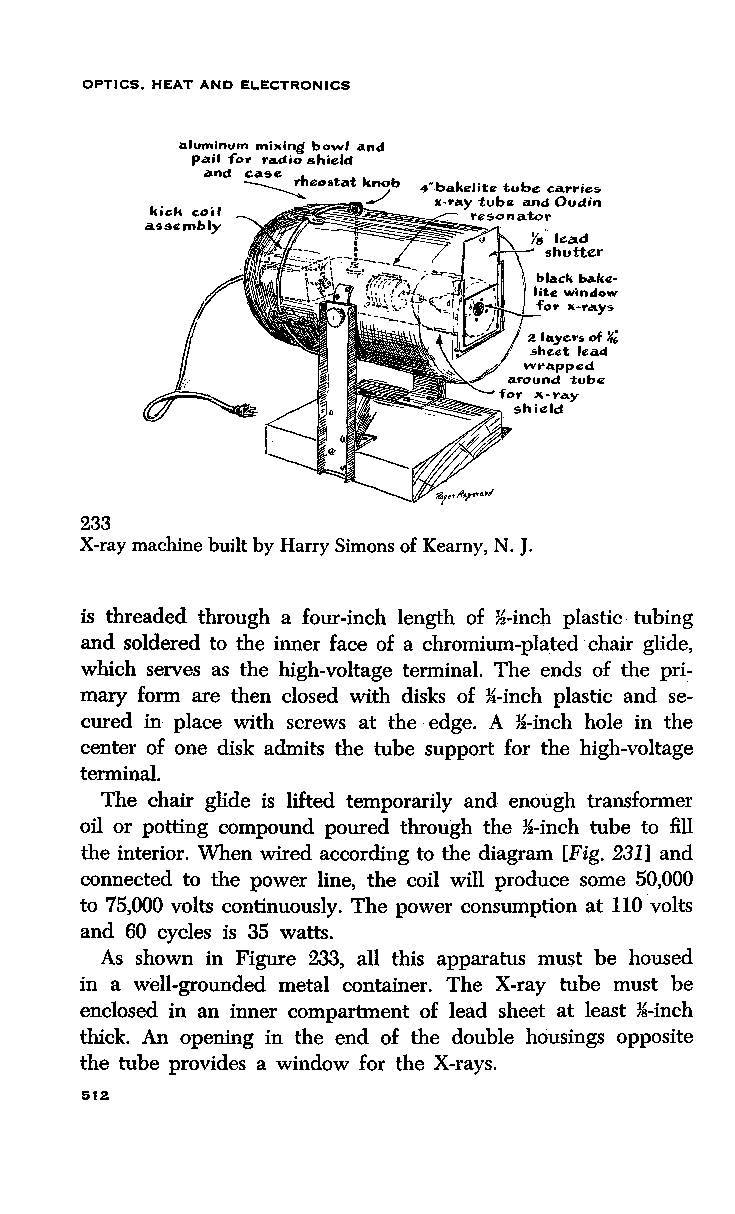
OPTICS. HEAT AND ELECTRONICS
 nlumlnum mi"ing bowl and
 p.ail fo~ ~a.dio shield
 and case h
 ------------::. eo otat
 kic:k coil
 as.sembly
 Ys .. lead
 shutter
 a layer• of~
 ..h ut lead
 wrapped
 a.round tubcz
 for A-rc.y
 shield
 233
 X-ray machine built by Harry Simons of Kearny, N.J.
 is threaded through a four-inch length of ~-inch plastic tubing
 and soldered to the inner face of a chromium-plated chair glide,
 which serves as the high-voltage terminal. The ends of the pri
 mary form are then closed with disks of }4-inch plastic and se
 cured in place with screws at the edge. A ~-inch hole in the
 center of one disk admits the tube support for the high-voltage
 terminal.
 The chair glide is lifted temporarily and enough transformer
 oil or potting compound poured through the ~-inch tube to fill
 the interior. When wired according to the diagram [Fig. 231] and
 connected to the power line, the coil will produce some 50,000
 to 75,000 volts continuously. The power consumption at 110 volts
 and 60 cycles is 35 watts.
 As shown in Figure 233, all this apparatus must be housed
 in a well-grounded metal container. The X-ray tube must be
 enclosed in an inner compartment of lead sheet at least ~-inch
 thick. An opening in the end of the double housings opposite
 the tube provides a window for the X-rays.
 512